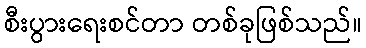
စီးပွားရေးစင်တာ တစ်ခုဖြစ်သည်။